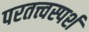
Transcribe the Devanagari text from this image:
परतत्त्वस्पर्श